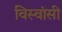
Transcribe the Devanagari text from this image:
विस्‍वांसी